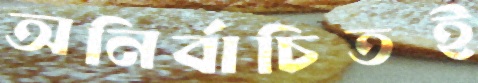
অনির্বাচিতই